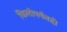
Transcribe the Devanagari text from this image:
किलोपर्यंतही